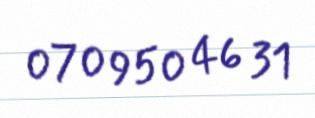
070 950 46 31